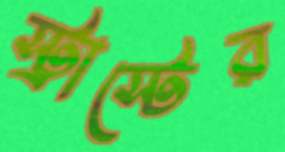
স্ট্রাস্টের